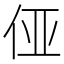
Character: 𱎫